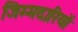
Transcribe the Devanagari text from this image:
जिम्मदारियों